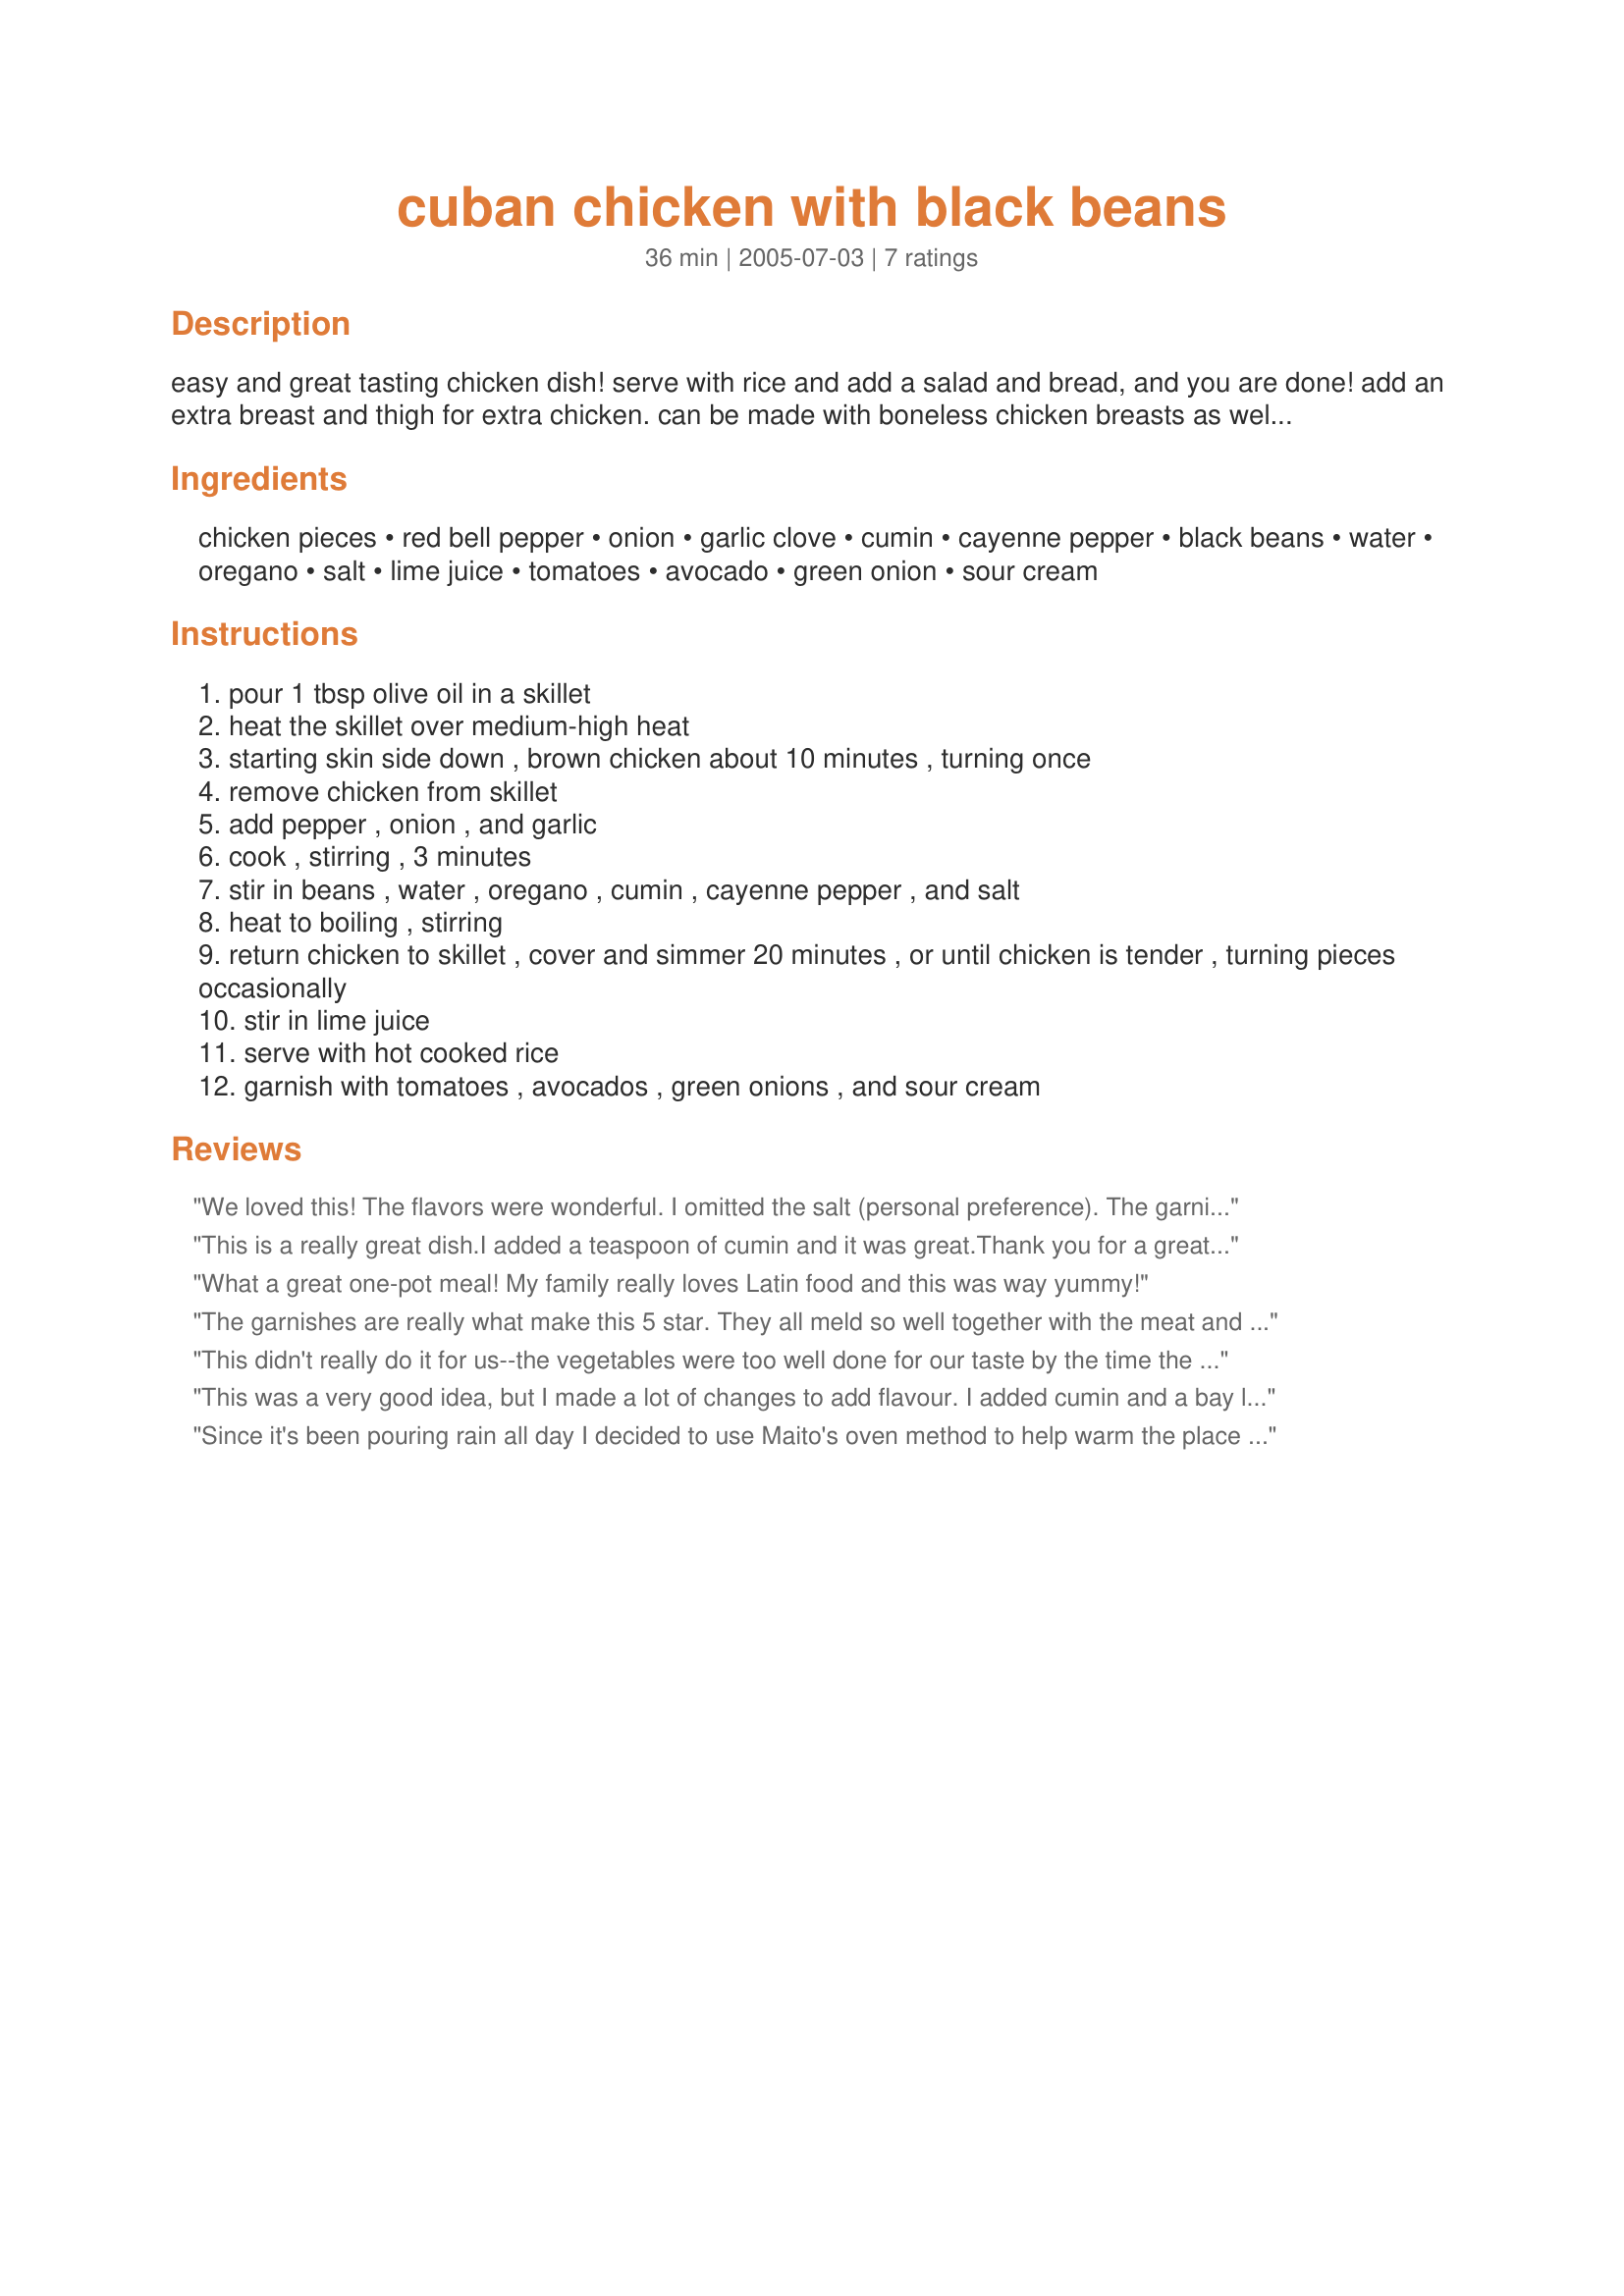
cuban chicken with black beans
Preparation time: 36 minutes

easy and great tasting chicken dish! serve with rice and add a salad and bread, and you are done! add an extra breast and thigh for extra chicken. can be made with boneless chicken breasts as well. if you like things a little more spicy, add some more cumin and cayenne to your black beans!

Ingredients:
chicken pieces, red bell pepper, onion, garlic clove, cumin, cayenne pepper, black beans, water, oregano, salt, lime juice, tomatoes, avocado, green onion, sour cream

Steps:
pour 1 tbsp olive oil in a skillet
heat the skillet over medium-high heat
starting skin side down , brown chicken about 10 minutes , turning once
remove chicken from skillet
add pepper , onion , and garlic
cook , stirring , 3 minutes
stir in beans , water , oregano , cumin , cayenne pepper , and salt
heat to boiling , stirring
return chicken to skillet , cover and simmer 20 minutes , or until chicken is tender , turning pieces occasionally
stir in lime juice
serve with hot cooked rice
garnish with tomatoes , avocados , green onions , and sour cream

Reviews:
We loved this! The flavors were wonderful. I omitted the salt (personal preference). The garnishes really kicked this over the top, and the lime juice added a brilliant zing. Keeper! Thanks for sharing!
This is a really great dish.I added a teaspoon of cumin and it was great.Thank you for a great recipe.
What a great one-pot meal! My family really loves Latin food and this was way yummy!
The garnishes are really what make this 5 star. They all meld so well together with the meat and vegetables. I baked this at 375 for 50 minutes so I didn't have to worry about it sticking. It gave the red pepper a nice roasted flavor. I scaled this down for 2 people, but still used the whole pepper and whole can of beans. I did not add any water to the baking dish, used 2 garlic cloves and doubled the cumin.
This didn't really do it for us--the vegetables were too well done for our taste by the time the chicken had finished, and it was a bit of a pain to cook--the chicken kept sticking really badly, so that by the end of the browning, it'd lost all the skin and some of the meat. I had to deglaze the pan before proceeding just to keep it from scorching. I think the idea has potential, but I think I'll have to make some big adjustments for it to suit our tastes. I think I'll try flouring the chicken before browning, so it won't stick so badly, and cook the chicken longer before adding the vegetables to preserve their fresh flavor and texture. Some changes that I made that I think I liked included subbing Mexican adobo seasoning for the oregano and salt, and adding cilantro and tomato along with the lime juice at the end. Thanks for posting, breezermom--sorry it wasn't more to our taste! Made for Holiday Tag game.
This was a very good idea, but I made a lot of changes to add flavour. I added cumin and a bay leaf because I've never heard of frijoles negros without them. I also chopped up a small tomato and some fresh cilantro. I've never used lime juice in frijoles negros, but it was a great addition and now I'll always use it!
Since it's been pouring rain all day I decided to use Maito's oven method to help warm the place up. It came out looking great and was delicious. I loved the toppings (skipped the sour cream). Used boneless breast halves and, although I halved the amount I still used the full amount of cumin and cayenne. YUM.
